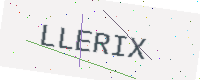
Text: LLERIX